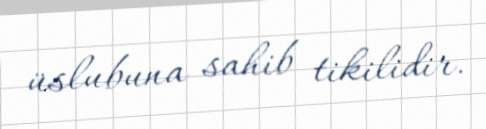
üslubuna sahib tikilidir.